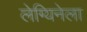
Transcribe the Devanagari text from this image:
लेग्यिनेला